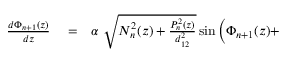
\begin{array} { r l r } { \frac { d \Phi _ { n + 1 } ( z ) } { d z } } & { { } = } & { \alpha \ \sqrt { N _ { n } ^ { 2 } ( z ) + \frac { P _ { n } ^ { 2 } ( z ) } { d _ { 1 2 } ^ { 2 } } } \sin \Big ( \Phi _ { n + 1 } ( z ) + } \end{array}